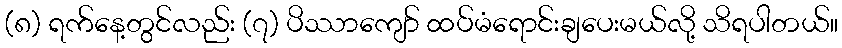
(၈) ရက်နေ့တွင်လည်း (၇) ပိဿာကျော် ထပ်မံရောင်းချပေးမယ်လို့ သိရပါတယ်။